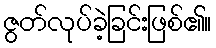
ဇွတ်လုပ်ခဲ့ခြင်းဖြစ်၏။